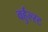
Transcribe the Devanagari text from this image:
वर्हुल्स्ट